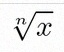
\sqrt[n]{x}